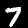
Digit: 7